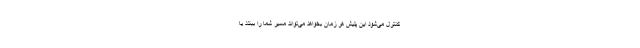
کنترل می‌شود این پلیش هر زمان بخواهد می‌تواند مسیر شما را ببندد یا